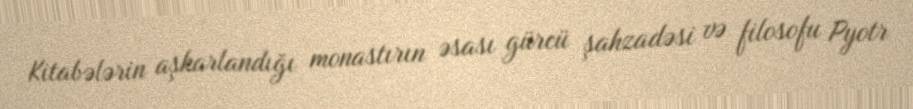
Kitabələrin aşkarlandığı monastırın əsası gürcü şahzadəsi və filosofu Pyotr